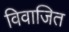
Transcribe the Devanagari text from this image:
विवाजित